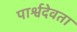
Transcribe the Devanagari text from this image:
पार्श्वदेवता